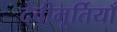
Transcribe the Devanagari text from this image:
देवीमूर्तियाँ